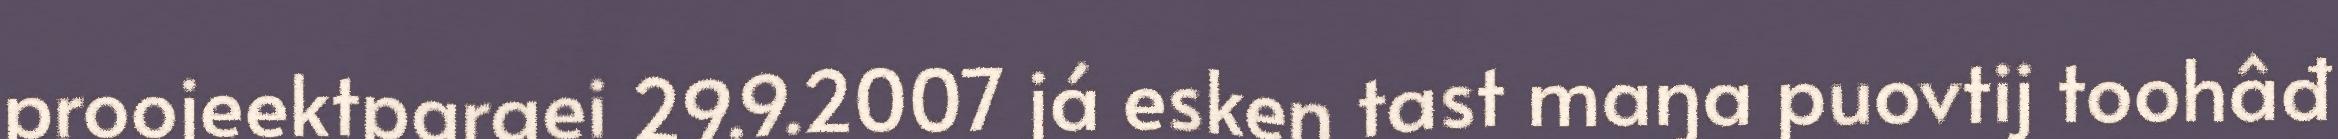
proojeektpargei 29.9.2007 já esken tast maŋa puovtij toohâđ